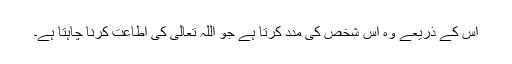
اس کے ذریعے وہ اس شخص کی مدد کرتا ہے جو اللہ تعالیٰ کی اطاعت کرنا چاہتا ہے۔